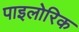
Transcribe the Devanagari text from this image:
पाइलोरिक